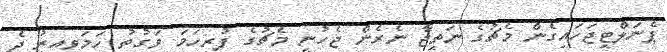
ޕެނަލްޓީޖަހައިގެން މެޗުގެ ނަތީޖާ ނެރެން ޖެހުނީ މެޗުގެ ފުރިހަމަ ވަގުތު ހަމަވިއިރު ދެ